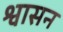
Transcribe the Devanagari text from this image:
श्वासन